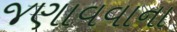
જણાવવાના